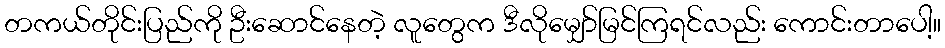
တကယ်တိုင်းပြည်ကို ဦးဆောင်နေတဲ့ လူတွေက ဒီလိုမျှော်မြင်ကြရင်လည်း ကောင်းတာပေါ့။